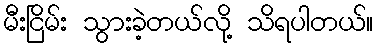
မီးငြိမ်း သွားခဲ့တယ်လို့ သိရပါတယ်။